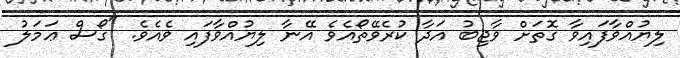
ލިޔުއްވާފައިވާ ގޮތަށް ވާޖިބު އަދާ ކުރެވޭތޯއެވެ އޭނާ ލިޔުއްވާފައި ވެއެވެ. "ގޯސް ޢަމަލު